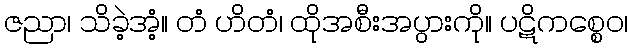
ဇညာ၊ သိခဲ့အံ့။ တံ ဟိတံ၊ ထိုအစီးအပွားကို။ ပဋိကစ္စေဝ၊